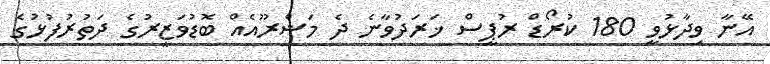
އޭނާ ވިދާޅުވީ 180 ކުރޯޑް ރުޕީސް ޚަރަދުވާނެ ދެ މަޝްރޫއެއް ބޮޑުވަޒީރުގެ ދަތުރުފުޅުގެ